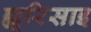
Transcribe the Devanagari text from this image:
ह्यूरिसाइ